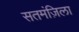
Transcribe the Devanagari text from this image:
सतमंज़िला